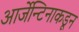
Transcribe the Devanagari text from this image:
आर्जेन्टिनाकडून